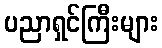
ပညာရှင်ကြီးများ